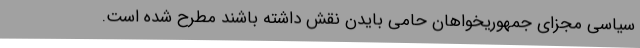
سیاسی مجزای جمهوریخواهان حامی بایدن نقش داشته باشند مطرح شده است.